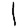
Digit: 1